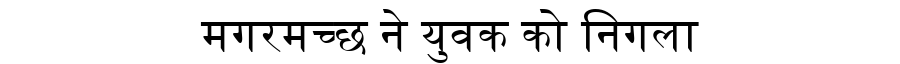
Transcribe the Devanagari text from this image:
मगरमच्छ ने युवक को निगला